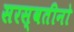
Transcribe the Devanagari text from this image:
सरस्वतीनो